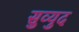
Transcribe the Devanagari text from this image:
सुव्युद